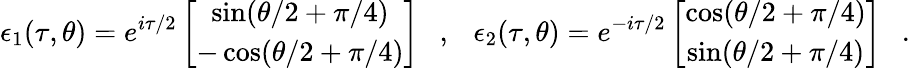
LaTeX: \epsilon_{1}(\tau,\theta)=e^{i\tau/2}\left[\begin{array}{c}{{\sin(\theta/2+\pi/4)}}\\ {{-\cos(\theta/2+\pi/4)}}\end{array}\right]~~~,~~~\epsilon_{2}(\tau,\theta)=e^{-i\tau/2}\left[\begin{array}{c}{{\cos(\theta/2+\pi/4)}}\\ {{\sin(\theta/2+\pi/4)}}\end{array}\right]~~~.